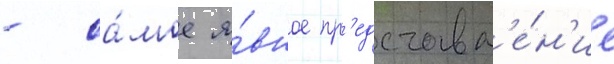
- са́мое я́вное пр'едставл'е́н'ие